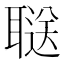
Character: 𬚥